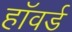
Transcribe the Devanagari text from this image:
हाॅवर्ड